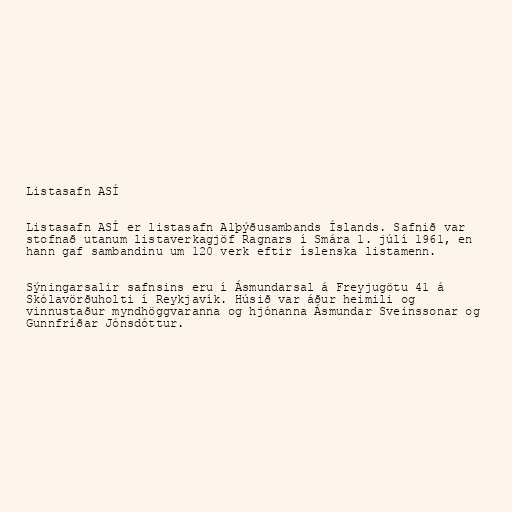
Listasafn ASÍ

Listasafn ASÍ er listasafn Alþýðusambands Íslands. Safnið var
stofnað utanum listaverkagjöf Ragnars í Smára 1. júlí 1961, en
hann gaf sambandinu um 120 verk eftir íslenska listamenn.

Sýningarsalir safnsins eru í Ásmundarsal á Freyjugötu 41 á
Skólavörðuholti í Reykjavík. Húsið var áður heimili og
vinnustaður myndhöggvaranna og hjónanna Ásmundar Sveinssonar og
Gunnfríðar Jónsdóttur.